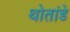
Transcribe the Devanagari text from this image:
थोतांडे